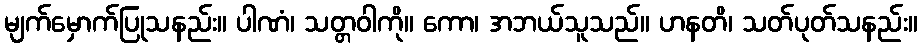
မျက်မှောက်ပြုသနည်း။ ပါဏံ၊ သတ္တဝါကို။ ကော၊ အဘယ်သူသည်။ ဟနတိ၊ သတ်ပုတ်သနည်း။